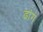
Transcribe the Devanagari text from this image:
ढांग